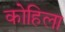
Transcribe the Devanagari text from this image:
कोहिला